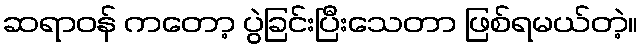
ဆရာဝန် ကတော့ ပွဲခြင်းပြီးသေတာ ဖြစ်ရမယ်တဲ့။